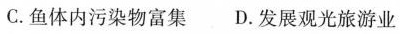
C.鱼体内污染物富集D.发展观光旅游业